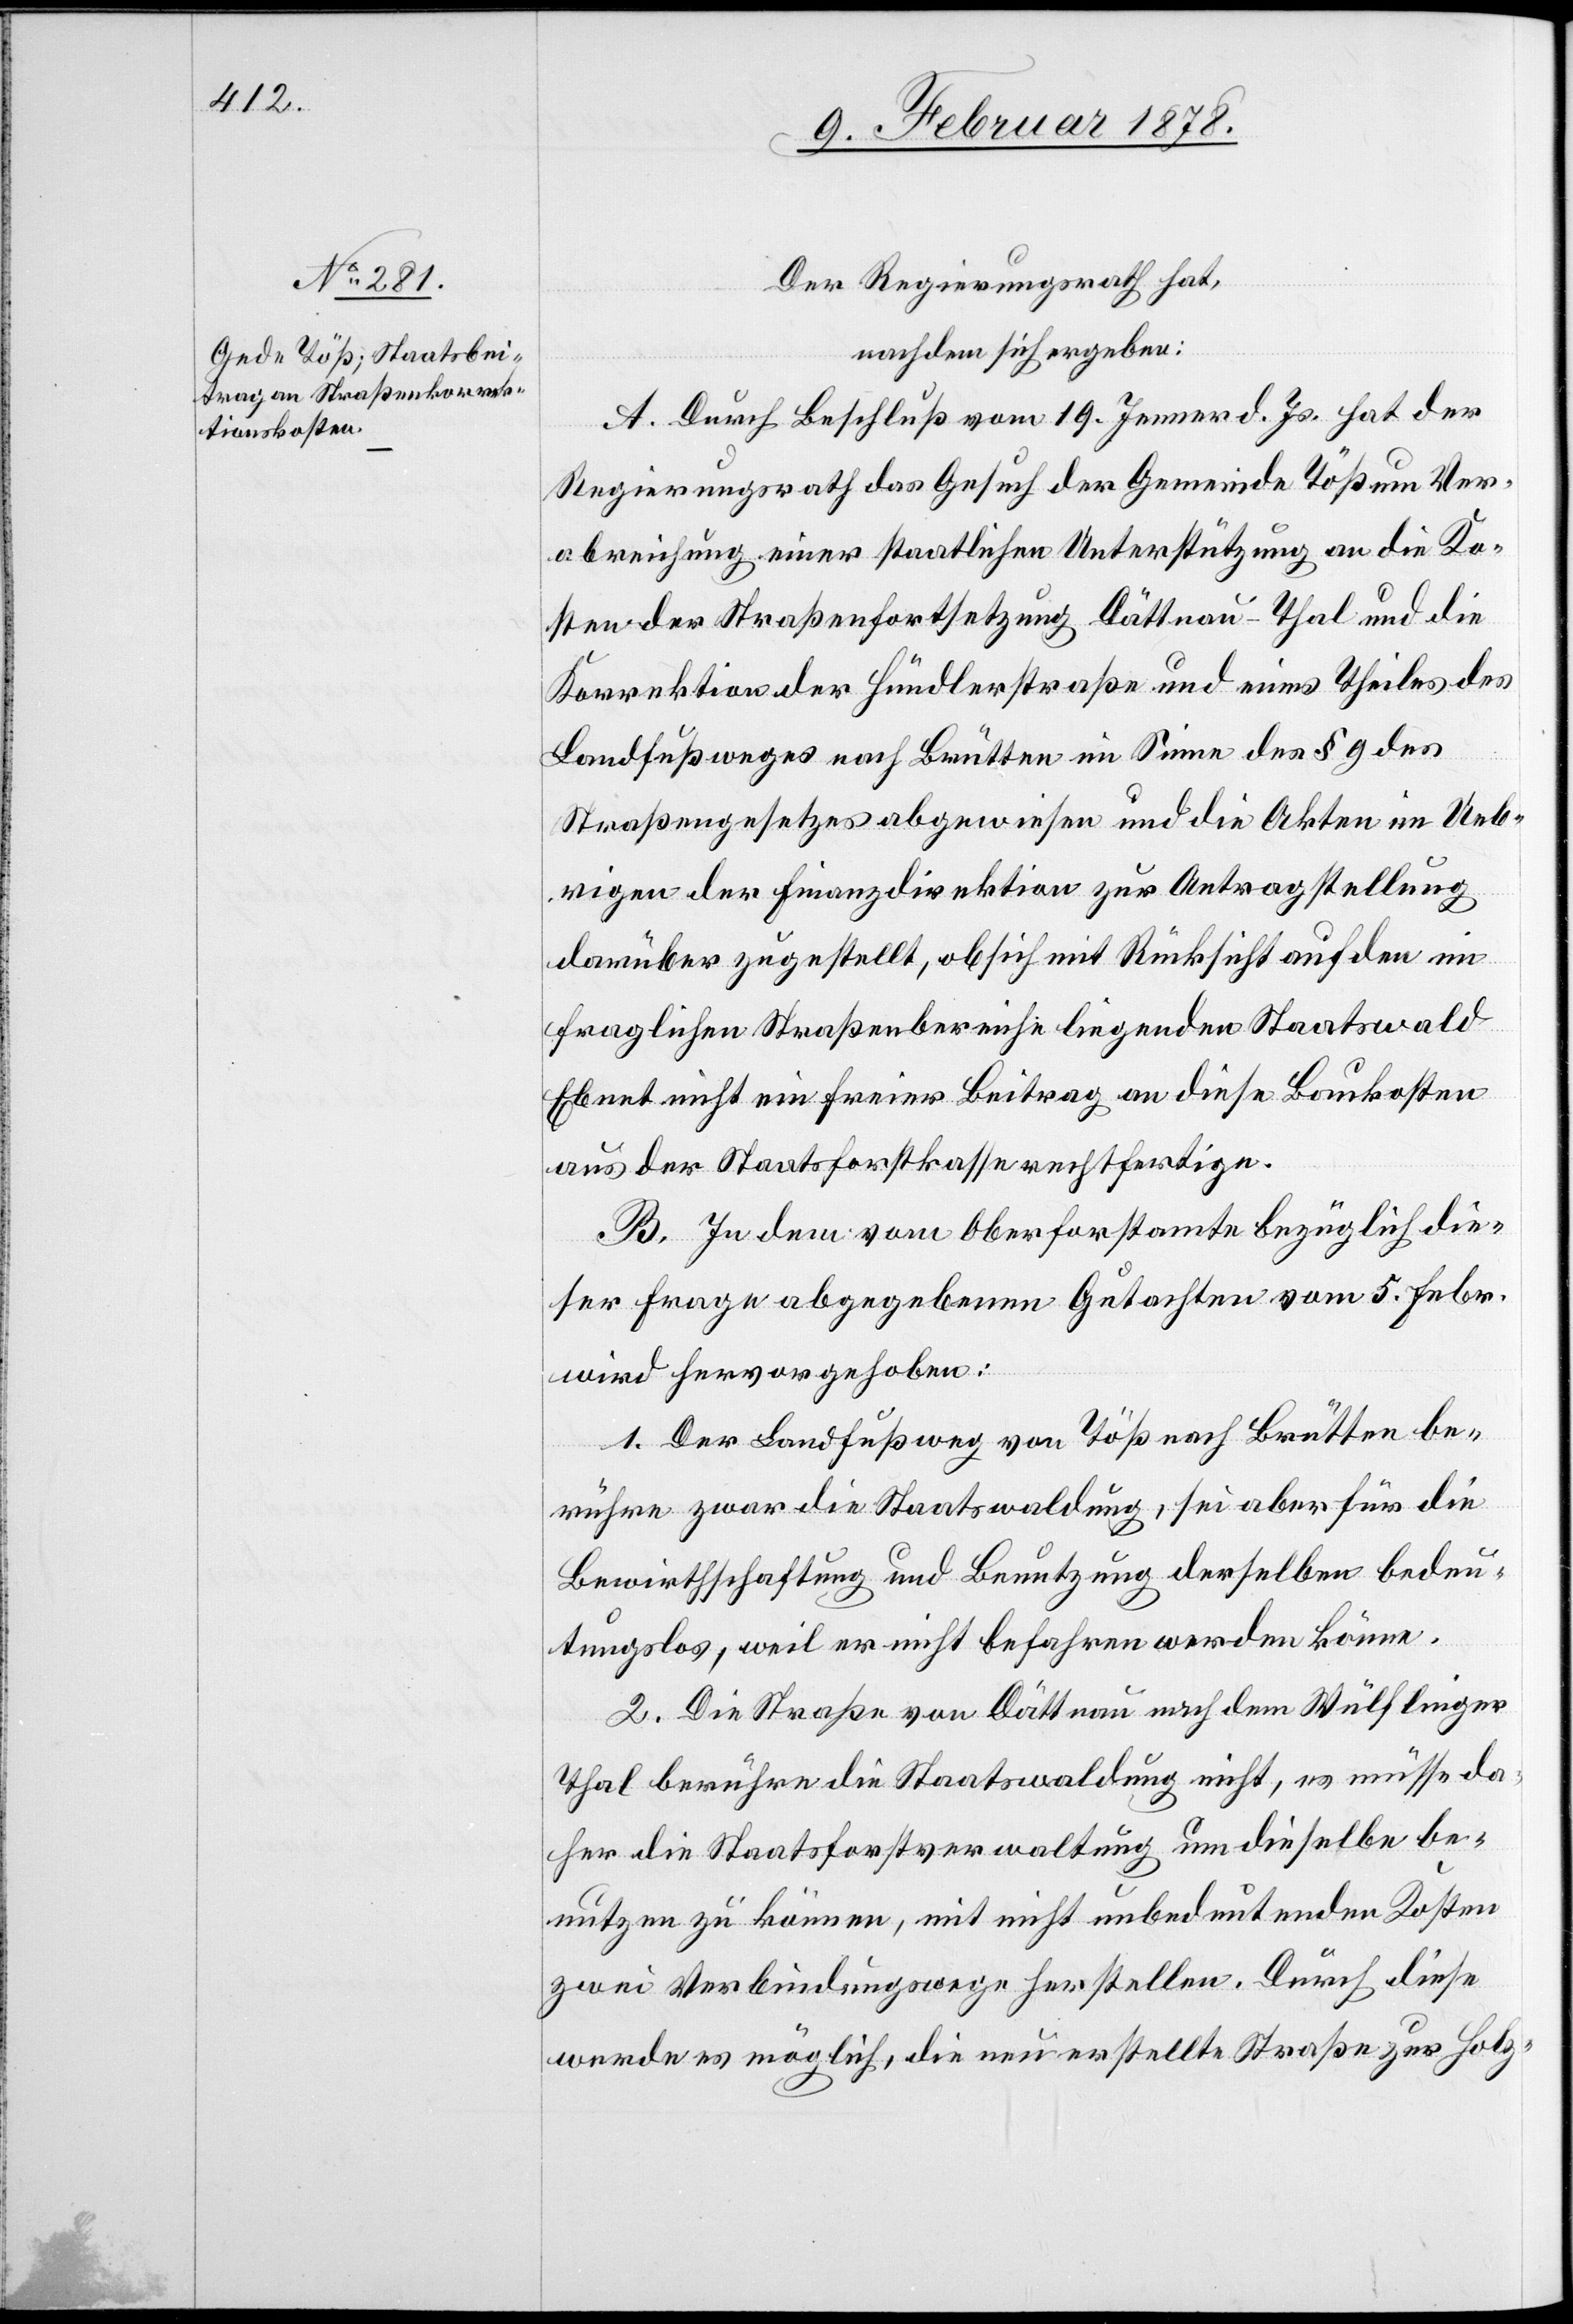
Der Regierungsrath hat,
nachdem sich ergeben:
A. Durch Beschluß vom 19. Jenner d. Js. hat der
Regierungsrath das Gesuch der Gemeinde Töß um Ver¬
abreichung einer staatlichen Unterstützung an die Ko¬
sten der Straßenfortsetzung Dättnau–Thal und die
Korrektion der Hündlerstraße und eines Theiles des
Landfußweges nach Brütten im Sinne des § 9 des
Straßengesetzes abgewiesen und die Akten im Ueb¬
rigen der Finanzdirektion zur Antragstellung
darüber zugestellt, ob sich mit Rücksicht auf den im
fraglichen Straßenbereiche liegenden Staatswald
Ebnet nicht ein freier Beitrag an diese Baukosten
aus der Staatsforstkasse rechtfertige.
B. In dem vom Oberforstamte bezüglich die¬
ser Frage abgegebenen Gutachten vom 5. Febr.
wird hervorgehoben:
1. Der Landfußweg von Töß nach Brütten be¬
rühre zwar die Staatswaldung, sei aber für die
Bewirthschaftung und Benutzung derselben bedeu¬
tungslos, weil er nicht befahren werden könne.
2. Die Straße von Dättnau nach dem Wülflinger
Thal berühre die Staatswaldung nicht, es müsse da¬
her die Staatsforstverwaltung um dieselbe be¬
nutzen zu können, mit nicht unbedeutenden Kosten
zwei Verbindungen herstellen. Durch diese
werde es möglich, die neu erstellte Straße zur Holz-